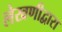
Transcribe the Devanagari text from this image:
लेखणीद्वारा